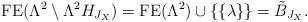
LaTeX: \begin{align*}\mathrm{FE}(\Lambda^2\setminus \Lambda^2 H_{J_X})=\mathrm{FE}(\Lambda^2)\cup \{\{\lambda\}\}=\tilde{B}_{J_X}.\end{align*}